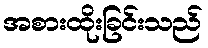
အစားထိုးခြင်းသည်